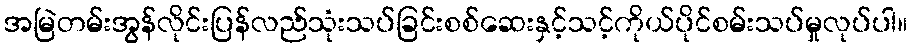
အမြဲတမ်းအွန်လိုင်းပြန်လည်သုံးသပ်ခြင်းစစ်ဆေးနှင့်သင့်ကိုယ်ပိုင်စမ်းသပ်မှုလုပ်ပါ။